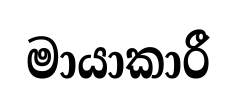
මායාකාරී